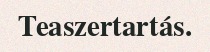
Teaszertartás.